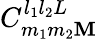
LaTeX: C_{m_{1}m_{2}\mathbf{M}}^{l_{1}l_{2}L}